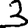
Digit: 3